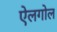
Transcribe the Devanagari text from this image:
ऐलगोल